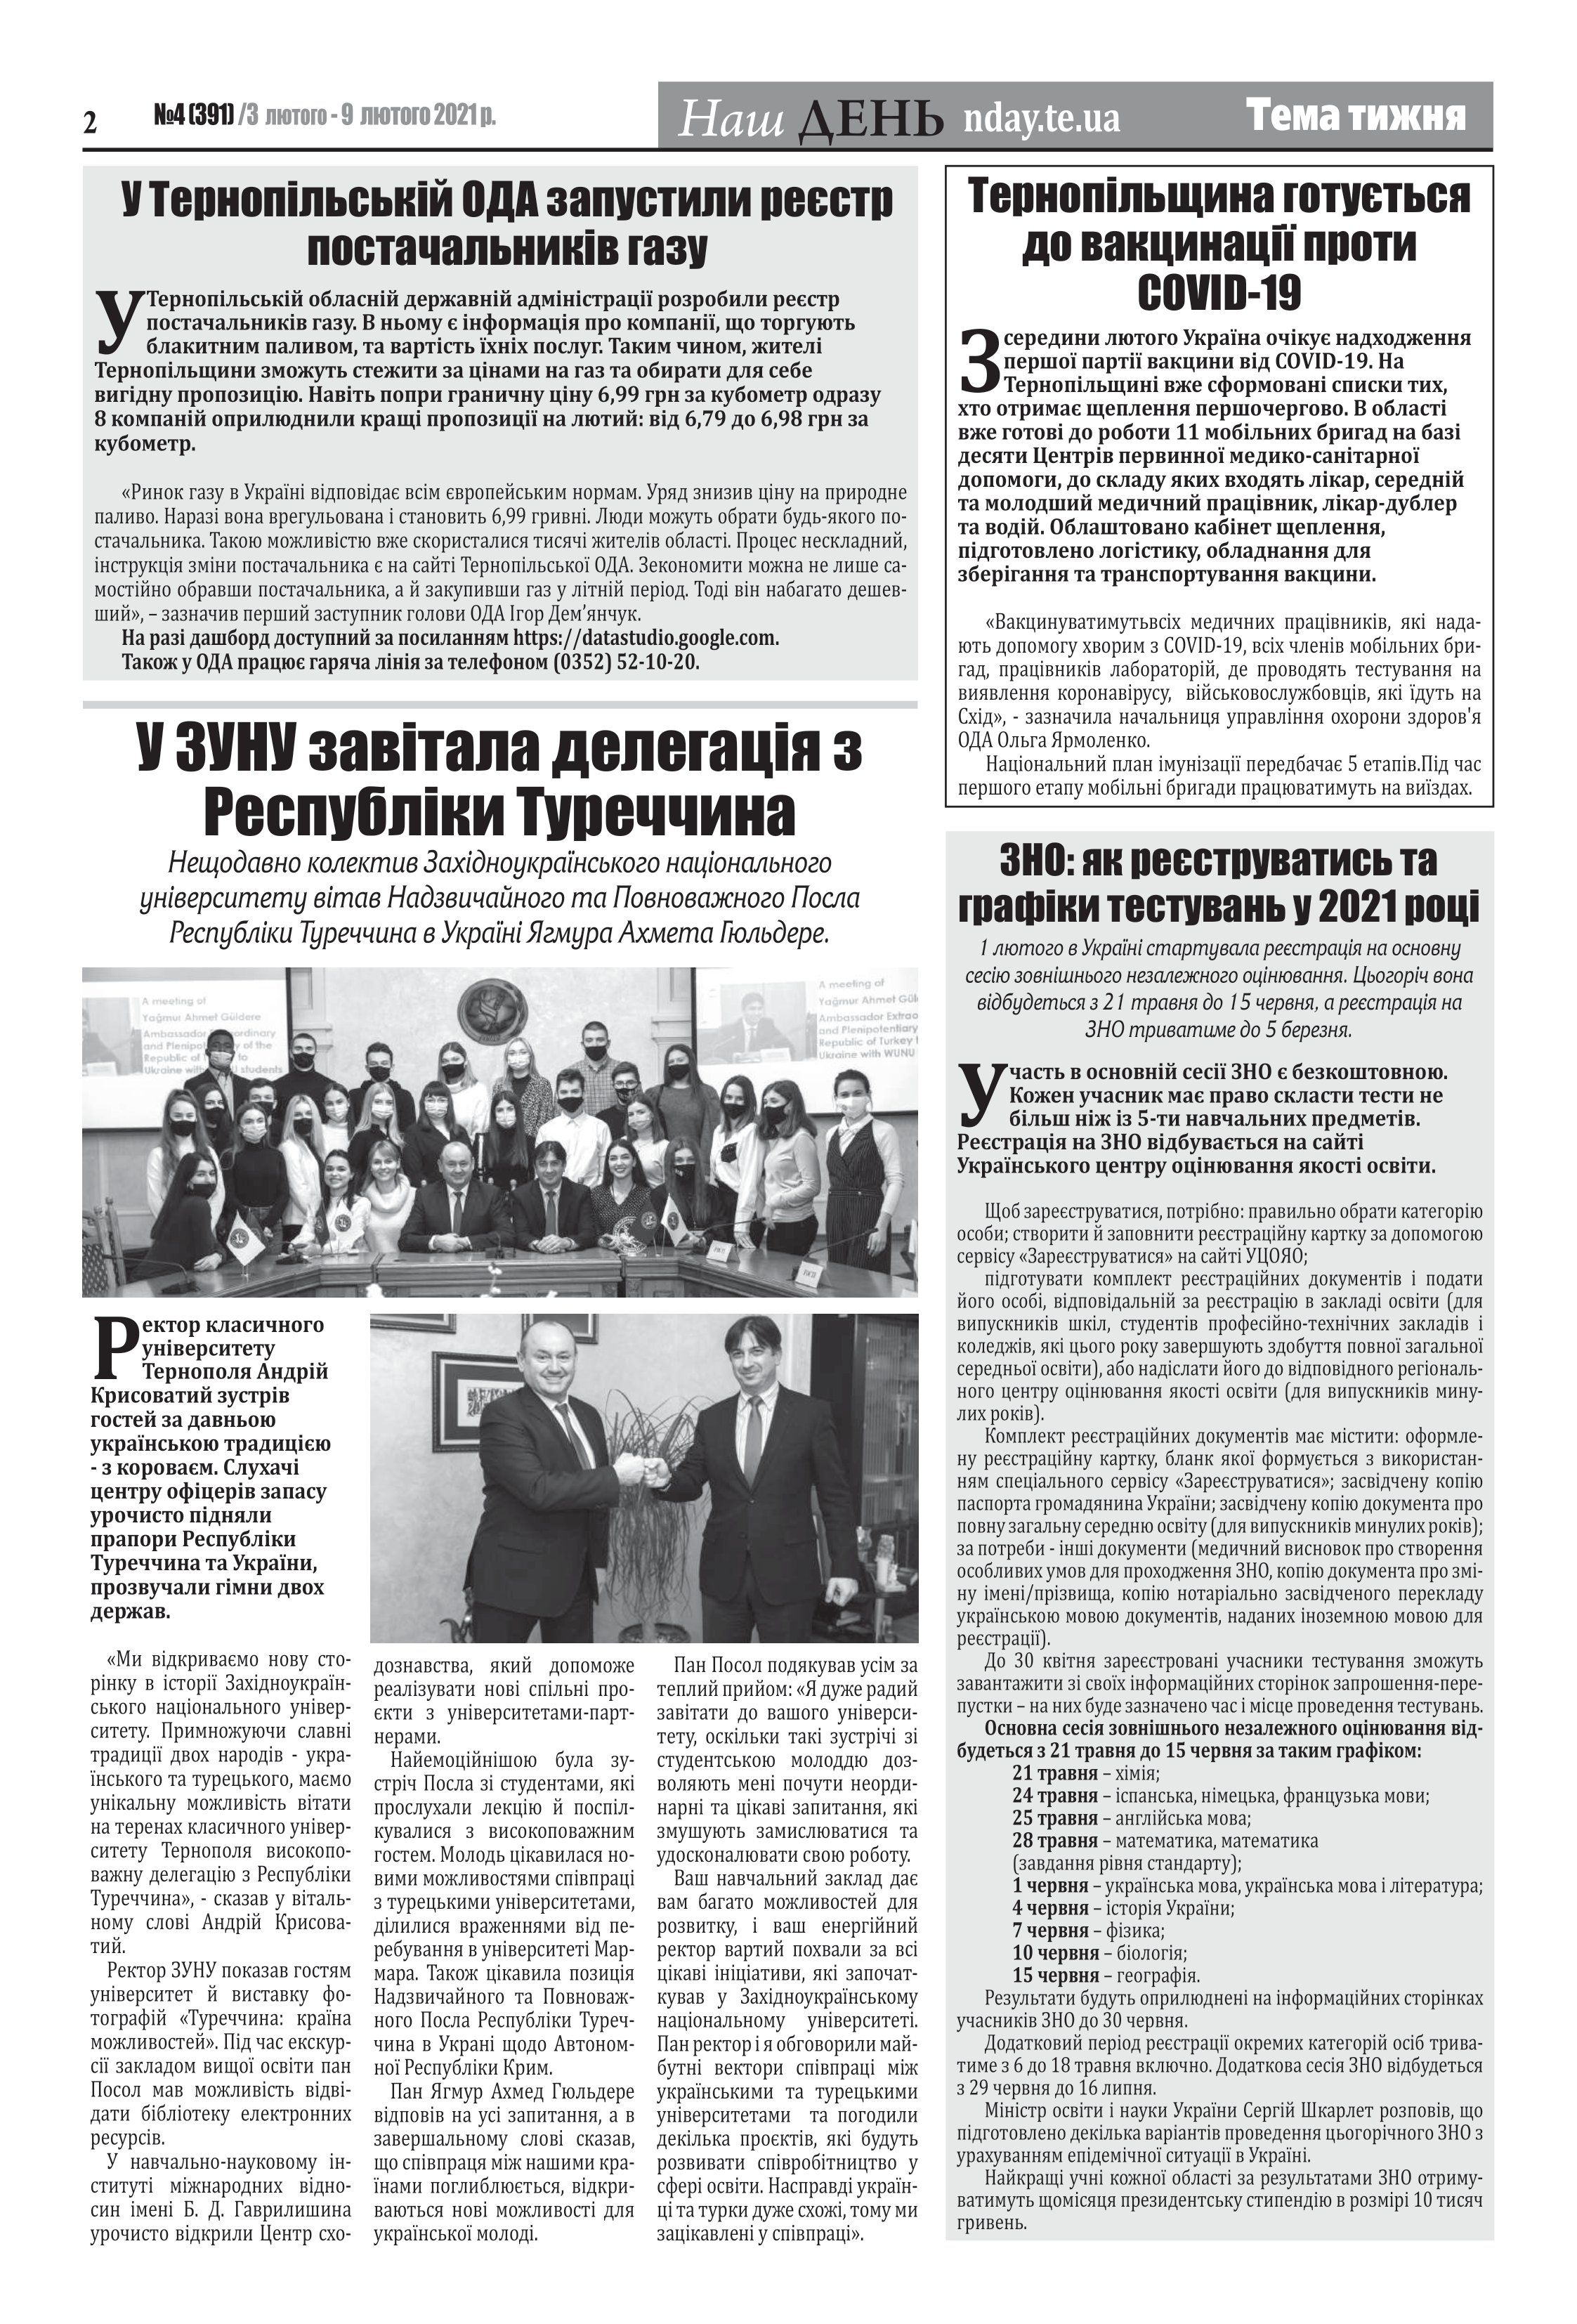
Language: uk